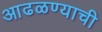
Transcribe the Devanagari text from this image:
आढळण्याची